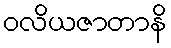
ဝလိယဇာတာနိ